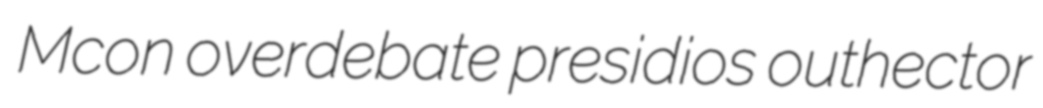
Mcon overdebate presidios outhector